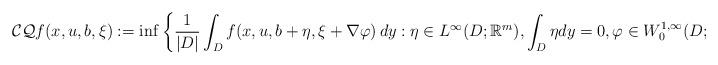
LaTeX: \begin{align*}\mathcal{CQ}f(x,u, b,\xi):=\inf\left\{\frac{1}{|D|}\int_{D}f(x,u, b+\eta,\xi+\nabla \varphi)\,dy:\eta\in L^{\infty}( D;\mathbb{R}^{m}), \int_{D}\eta dy=0,\varphi\in W_{0}^{1,\infty}(D;\mathbb{R}^d) \right\},\end{align*}